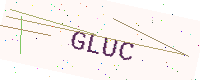
Text: GLUC